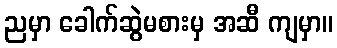
ညမှာ ခေါက်ဆွဲမစားမှ အဆီ ကျမှာ။